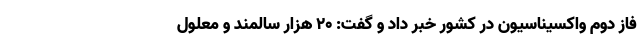
فاز دوم واکسیناسیون در کشور خبر داد و گفت: ۲۰ هزار سالمند و معلول